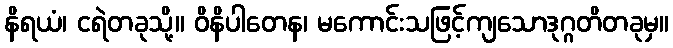
နိရယံ၊ ငရဲတခုသို့။ ဝိနိပါတေန၊ မကောင်းသဖြင့်ကျသောဒုဂ္ဂတိတခုမှ။